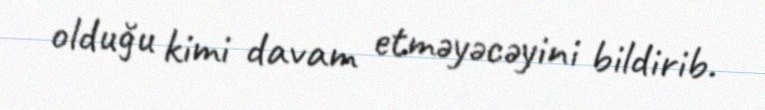
olduğu kimi davam etməyəcəyini bildirib.